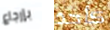
بإرجاع كأحد